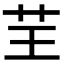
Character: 𦬬